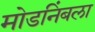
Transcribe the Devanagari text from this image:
मोडनिंबला